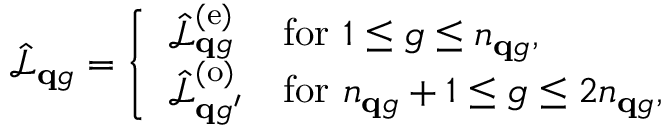
\hat { \mathcal { L } } _ { \mathbf q g } = \left\{ \begin{array} { l l } { \hat { \mathcal L } _ { { \mathbf q g } } ^ { ( \mathrm { e } ) } } & { \mathrm { f o r } ~ { 1 \le { g } \le n _ { \mathbf { q } g } } , } \\ { \hat { \mathcal L } _ { { \mathbf q g ^ { \prime } } } ^ { ( \mathrm { o } ) } } & { \mathrm { f o r } ~ { n _ { \mathbf { q } g } + 1 \leq { g } \le { 2 n _ { \mathbf { q } g } } } , } \end{array} \right.